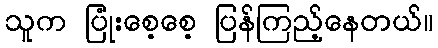
သူက ပြုံးစေ့စေ့ ပြန်ကြည့်နေတယ်။